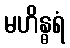
မဟိန္ဓရံ